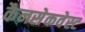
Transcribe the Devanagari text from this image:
कैनसेकवेस्ट